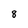
Character: 8